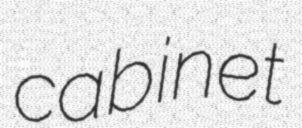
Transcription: cabinet